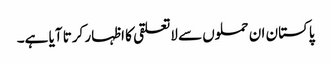
پاکستان ان حملوں سے لاتعلقی کا اظہار کرتا آیا ہے۔